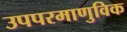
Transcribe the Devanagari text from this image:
उपपरमाणुविक